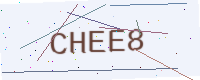
Text: CHEE8